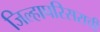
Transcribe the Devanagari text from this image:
जिल्हापरिसराची